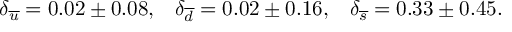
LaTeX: \delta _ { \overline { { { u } } } } = 0 . 0 2 \pm 0 . 0 8 , \; \; \; \delta _ { \overline { { { d } } } } = 0 . 0 2 \pm 0 . 1 6 , \; \; \; \delta _ { \overline { { { s } } } } = 0 . 3 3 \pm 0 . 4 5 .